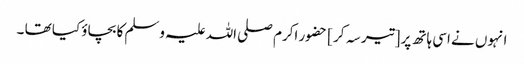
انہوں نے اسی ہاتھ پر [تیر سہ کر ] حضور اکرم صلی اللہ علیہ وسلم کا بچاؤ کیا تھا ۔